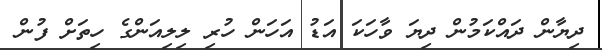
ދިޔާން ދައްކަމުން ދިޔަ ވާހަކަ އަޑު އަހަން ހުރި ލިލިއަންގެ ހިތަށް ފުން